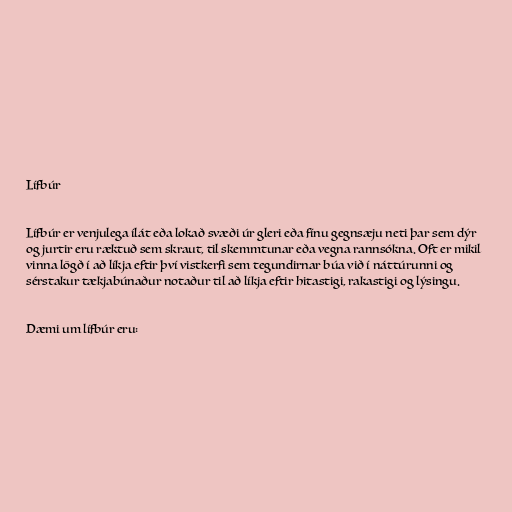
Lífbúr

Lífbúr er venjulega ílát eða lokað svæði úr gleri eða fínu gegnsæju neti þar sem dýr
og jurtir eru ræktuð sem skraut, til skemmtunar eða vegna rannsókna. Oft er mikil
vinna lögð í að líkja eftir því vistkerfi sem tegundirnar búa við í náttúrunni og
sérstakur tækjabúnaður notaður til að líkja eftir hitastigi, rakastigi og lýsingu.

Dæmi um lífbúr eru: